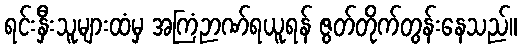
ရင်းနှီးသူများထံမှ အကြံဉာဏ်ရယူရန် ဇွတ်တိုက်တွန်းနေသည်။